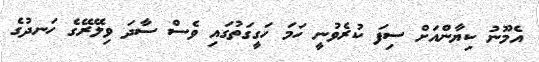
އެމޫނު ކިޔާންއަށް ސިފަ ކުރެވުނީ ހަމަ ހަގީގަތުގައި ވެސް ސާދަ ވިލޭރޭގެ ހަނދުގެ